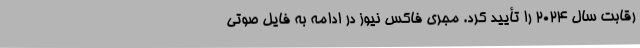
رقابت سال ۲۰۲۴ را تأیید کرد. مجری فاکس نیوز در ادامه به فایل صوتی